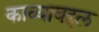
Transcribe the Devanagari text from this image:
काव्याबद्दल